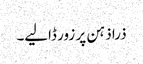
ذرا ذہن پر زور ڈالیے۔